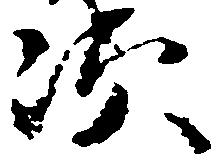
次